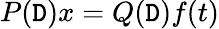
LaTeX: P(\mathtt{D})x=Q(\mathtt{D})f(t)